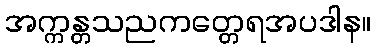
အက္ကန္တသညကတ္တေရအပဒါန။